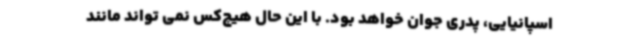
اسپانیایی، پدری جوان خواهد بود. با این حال هیچ‌کس نمی تواند مانند